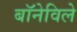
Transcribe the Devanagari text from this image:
बॉनेविले